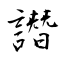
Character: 譖